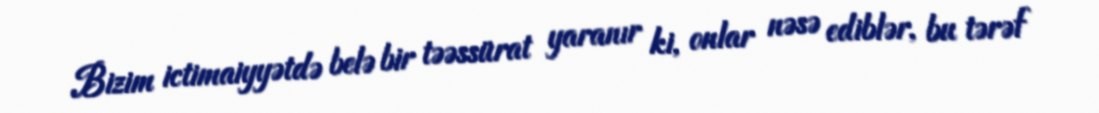
Bizim ictimaiyyətdə belə bir təəssürat yaranır ki, onlar nəsə ediblər, bu tərəf